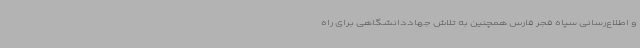
و اطلاع‌رسانی سپاه فجر فارس همچنین به تلاش جهاددانشگاهی برای راه‌